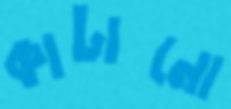
কাটানো